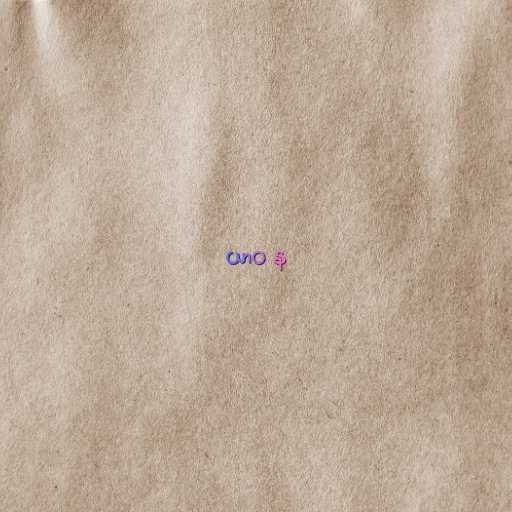
ယာဝ န